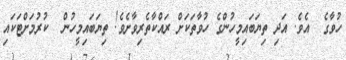
ހުވާގެ  އެވެ. އަދި ތިޔަބައިމީހުންގެ ހުވާތަކަށް ރައްކާތެރިވާށެވެ! ތިޔަބައިމީހުން  ކުރުމަށްޓަކައި